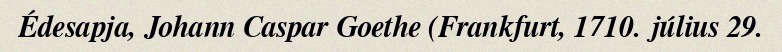
Édesapja, Johann Caspar Goethe (Frankfurt, 1710. július 29.